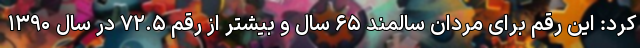
کرد: این رقم برای مردان سالمند ۶۵ سال و بیشتر از رقم ۷۲.۵ در سال ۱۳۹۰